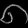
Digit: ၈